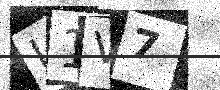
Text: I1V7